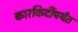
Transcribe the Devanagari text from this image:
कारकिर्दीपर्यंत